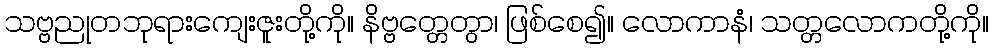
သဗ္ဗညုတဘုရားကျေးဇူးတို့ကို။ နိဗ္ဗတ္တေတွာ၊ ဖြစ်စေ၍။ လောကာနံ၊ သတ္တလောကတို့ကို။